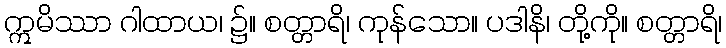
ဣမိဿာ ဂါထာယ၊ ၌။ စတ္တာရိ၊ ကုန်သော။ ပဒါနိ၊ တို့ကို။ စတ္တာရိ၊